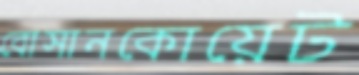
বোসানকোয়েট